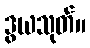
ဒွယသုတ်။